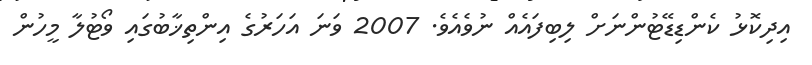
އިދިކޮޅު ކެންޑިޑޭޓުންނަށް ލިބިފައެއް ނުވެއެވެ. 2007 ވަނަ އަހަރުގެ އިންތިޚާބުގައި ވޯޓުލާ މީހުން